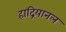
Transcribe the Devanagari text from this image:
हाद्रियानल